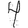
Digit: 4